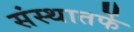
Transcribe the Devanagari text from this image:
संस्थातर्फे